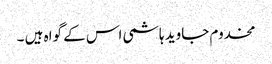
مخدوم جاوید ہاشمی اس کے گواہ ہیں ۔